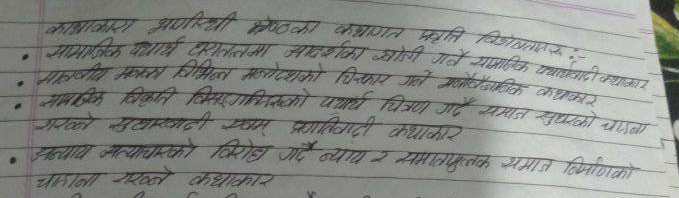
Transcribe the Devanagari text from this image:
कथाकारका अग्रगणी श्रेष्ठका कथागत प्रकृति विशेषताहरु:-
सामाजिक यथार्थ धरातलमा आदर्शको खाँडी गर्दै सामाजिक यथार्थवादी कथाकार
मानविय मनका विभिन्न मनोदेशको चित्रण गर्दै मनोवैज्ञानिक कथाकार
सामाजिक विकृति विसंगतिको यथार्थ चित्रण गर्दै समाज सुधारको धारणा
गर्ने सुधारवादी एवं प्रगतिवादी कथाकार
अन्याय अत्याचारको विरोध गर्दै न्याय र समाजपुस्तुक समाज निर्माणको
धारणा गर्ने कथाकार